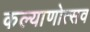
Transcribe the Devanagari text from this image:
कल्‍याणोत्‍सव